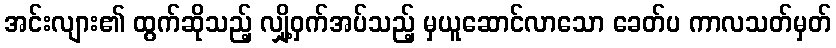
အင်းလျား၏ ထွက်ဆိုသည့် လျှို့ဝှက်အပ်သည့် မှယူဆောင်လာသော ခေတ်ပ ကာလသတ်မှတ်